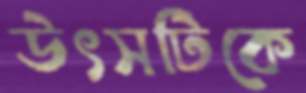
উৎসটিকে